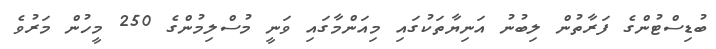
ބުޑިސްޓުންގެ ފަރާތުން ލިބުނު އަނިޔާތަކުގައި މިއަންމާގައި ވަނީ މުސްލިމުންގެ 250 މީހުން މަރުވެ